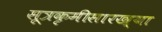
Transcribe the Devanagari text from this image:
सूत्रकृमीसारख्या